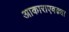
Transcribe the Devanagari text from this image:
आकाराएवढ्या